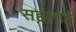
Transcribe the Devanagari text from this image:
सहलाई